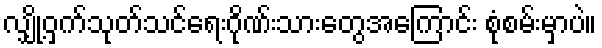
လျှို့ဝှက်သုတ်သင်ရေးဂိုဏ်းသားတွေအကြောင်း စုံစမ်းမှာပဲ။